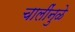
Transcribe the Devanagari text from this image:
चालींनुळे